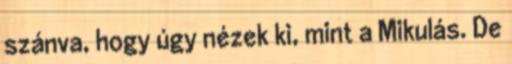
szánva, hogy úgy nézek ki, mint a Mikulás. De